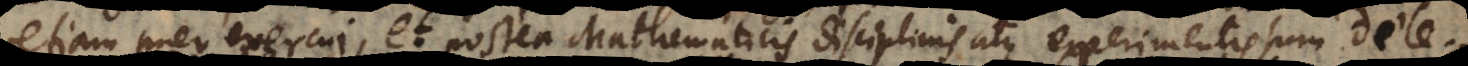
etiam puer exercui, et postea Mathematicis disciplinis atque experimentis sum delect